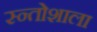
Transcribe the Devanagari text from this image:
स्न्तोशाला